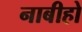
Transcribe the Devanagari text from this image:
नाबीहो